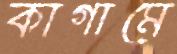
কাগামে